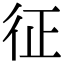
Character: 征